Indian journal of veterinary science and animal husbandry - Volumes 18-21, 1948-1951
Year: 1948
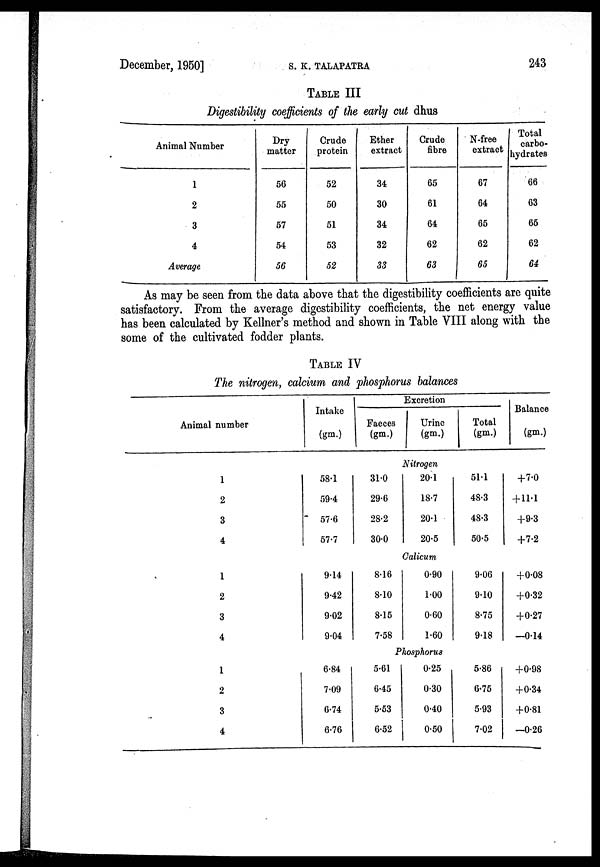
December, 1950]
S.
K.
TALAPATRA
243
TABLE III
Digestibility coefficients of the early cut dhus
Animal Number
1
2
3
4
Average
Dry
matter
56
55
57
54
56
Crude
protein
52
50
51
53
52
Ether
extract
34
30
34
32
33
Crude
fibre
65
61
64
62
63
N-free
extract
67
64
65
62
65
Total
carbo-
hydrates
66
63
65
62
64
As may be seen from the data above that the digestibility coefficients are quite
satisfactory. From the average digestibility coefficients, the net energy value
has been calculated by Kellner's method and shown in Table VIII along with the
some of the cultivated fodder plants.
TABLE IV
The nitrogen, calcium and phosphorus balances
Animal number
Intake
(gm.)
Excretion
Faeces
(gm.)
Urine
(gm.)
Total
(gm.)
Balance
(gm.)
Nitrogen
1
2
3
4
58.1
59.4
57.6
57.7
31.0
29.6
28.2
30.0
20.1
18.7
20.1
20.5
51.1
48.3
48.3
50.5
+7.0
+11.1
+9.3
+7.2
Calicum
1
2
3
4
9.14
9.42
9.02
9.04
8.16
8.10
8.15
7.58
0.90
1.00
0.60
1.60
9.06
9.10
8.75
9.18
+0.08
+0.32
+0.27
—0.14
Phosphorus
1
2
3
4
6.84
7.09
6.74
6.76
5.61
6.45
5.53
6.52
0.25
0.30
0.40
0.50
5.86
6.75
5.93
7.02
+0.98
+0.34
+0.81
—0.26